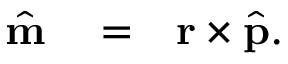
\begin{array} { r l r } { \hat { \bf m } } & { { } = } & { { \bf r } \times \hat { \bf p } . } \end{array}